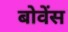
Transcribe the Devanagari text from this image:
बोवेंस